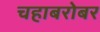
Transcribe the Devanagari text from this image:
चहाबरोबर